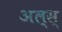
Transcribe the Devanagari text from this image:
अल्स्